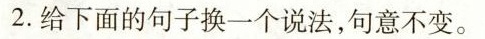
2.给下面的句子换一个说法，句意不变。